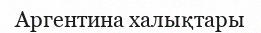
Аргентина халықтары